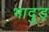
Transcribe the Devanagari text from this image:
भादुड़